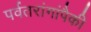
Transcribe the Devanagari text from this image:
पर्वतरांगांपैकी